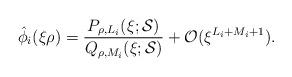
LaTeX: \begin{align*}\hat{\phi}_i(\xi \rho )={P_{\rho,L_i}(\xi;{\cal S})\over Q_{\rho,M_i}(\xi;{\cal S})}+{\cal O}(\xi^{L_i+M_i+1}).\end{align*}